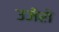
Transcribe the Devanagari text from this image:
उजेरो